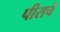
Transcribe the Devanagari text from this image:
पीराचे